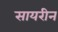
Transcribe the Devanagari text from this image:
सायरीन